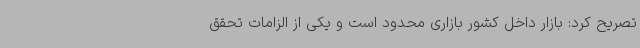
تصریح کرد: بازار داخل کشور بازاری محدود است و یکی از الزامات تحقق